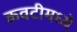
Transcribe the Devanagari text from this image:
कवटीमध्ये